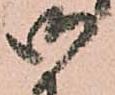
御